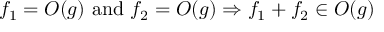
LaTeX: f _ { 1 } = O ( g ) { \mathrm { ~ a n d ~ } } f _ { 2 } = O ( g ) \Rightarrow f _ { 1 } + f _ { 2 } \in O ( g )